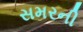
સમરની